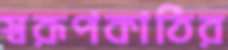
স্বরূপকাঠির